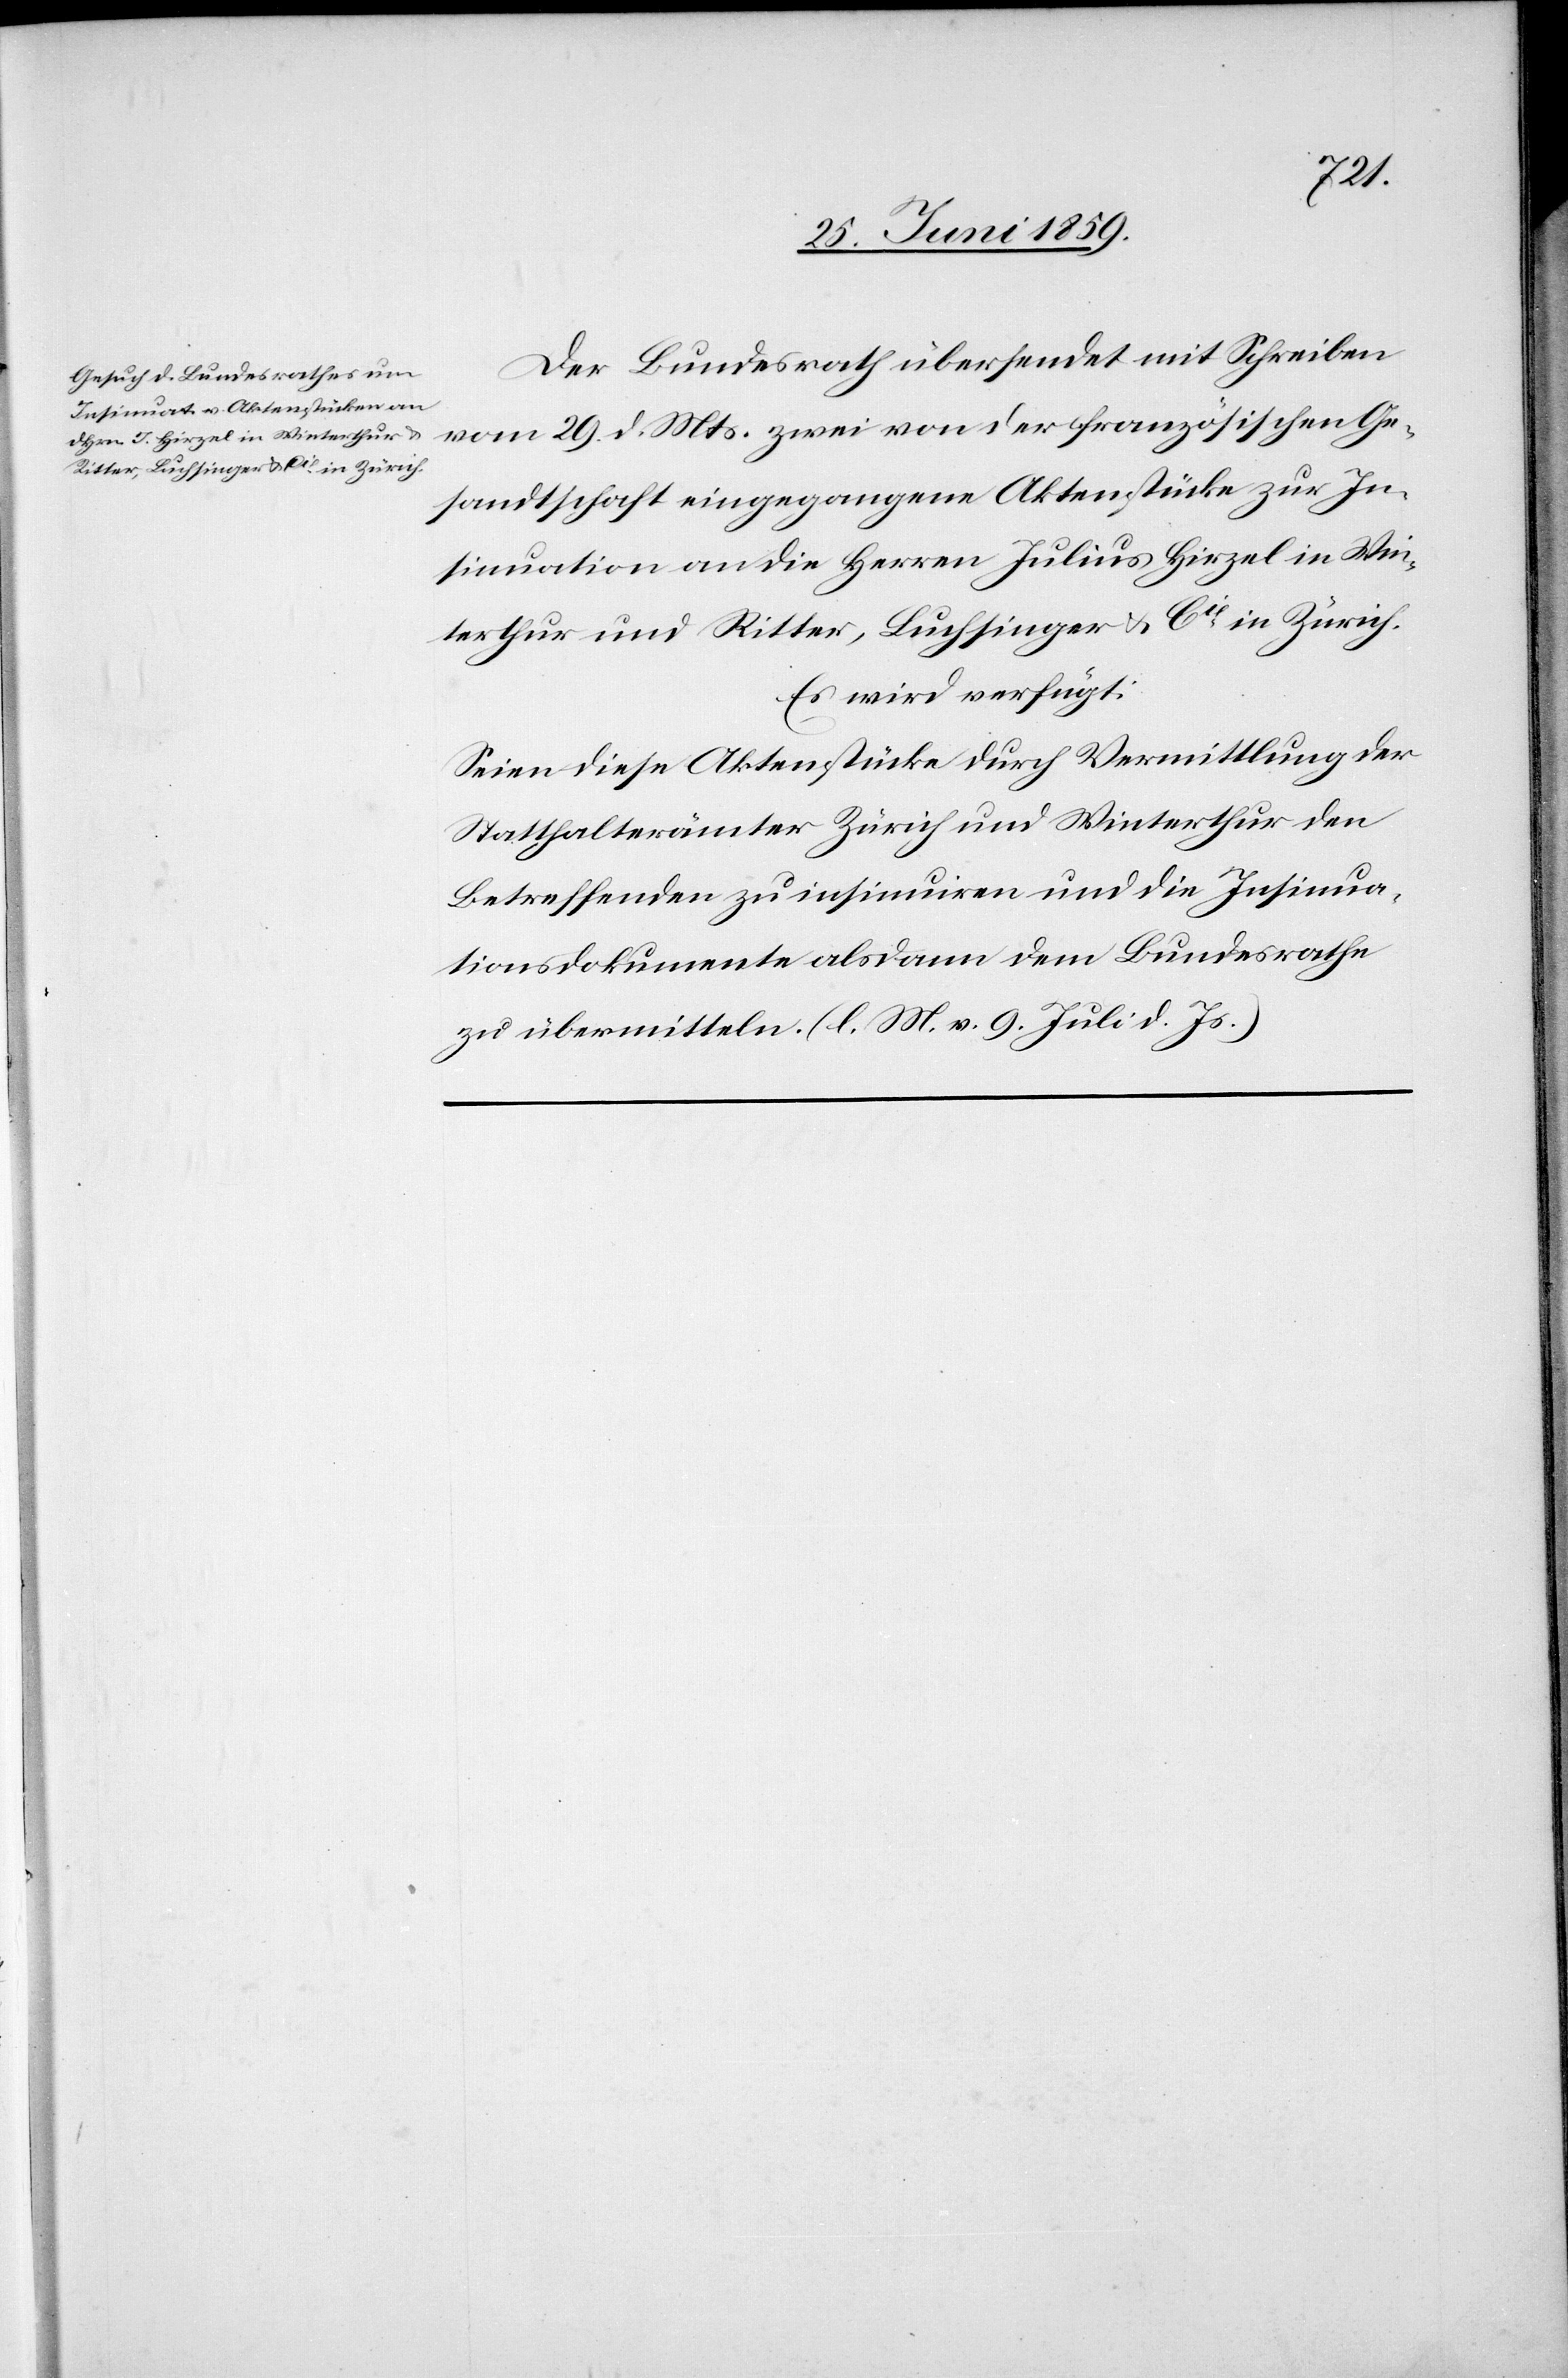
1. Juli 1859.]
Der Bundesrath übersendet mit Schreiben
vom 29. d. Mts. zwei von der französischen Ge¬
sandtschaft eingegangene Aktenstücke zur In¬
sinuation an die Herren Julius Hirzel in Win¬
terthur und Ritter, Luchsinger u. Cie in Zürich.
Es wird verfügt:
Seien diese Aktenstücke durch Vermittlung der
Statthalterämter Zürich und Winterthur den
Betreffenden zu insinuiren und die Insinua¬
tionsdokumente alsdann dem Bundesrathe
zu übermitteln. (l. M. v. 9. Juli d. Js.)